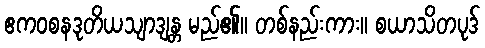
ဧကဝစနဒုတိယသျာဒျန္တ မည်၏။ တစ်နည်းကား။ စယာသိတပုဒ်